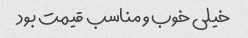
خیلی خوب و مناسب قیمت بود